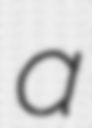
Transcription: a